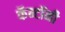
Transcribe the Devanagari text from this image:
कॅन्टॉनी